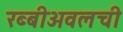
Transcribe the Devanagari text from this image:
रब्बीअवलची